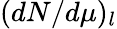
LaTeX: (dN/d\mu)_{l}